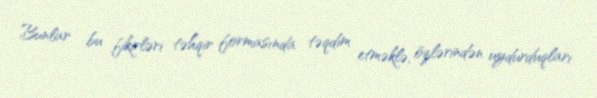
Bunlar bu fikirləri təhqir formasında təqdim etməklə, özlərindən uydurduqları